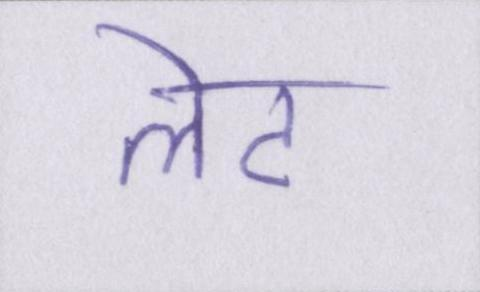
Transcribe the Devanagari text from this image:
लेट